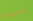
اصيبت